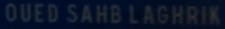
OUEDSAHBLAGHRIK